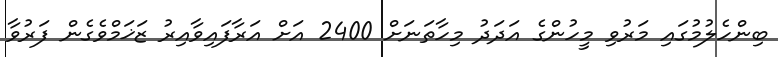
ބިންހެލުމުގައި މަރުވި މީހުންގެ އަދަދު މިހާތަނަށް 2400 އަށް އަރާފައިވާއިރު ޒަޚަމްވެގެން ފަރުވާ